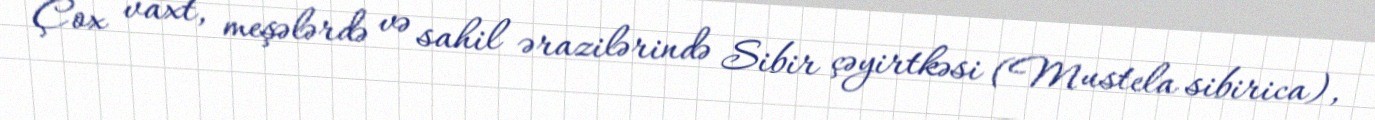
Çox vaxt, meşələrdə və sahil ərazilərində Sibir çəyirtkəsi (Mustela sibirica),